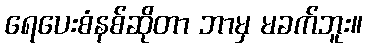
ရေပေးစံနစ်ဆိုတာ ဘာမှ မခက်ဘူး။